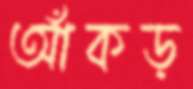
আঁকড়